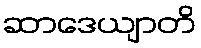
ဆာဒေယျာတိ